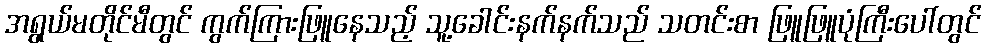
အရွယ်မတိုင်မီတွင် ကွက်ကြားဖြူနေသည့် သူ့ခေါင်းနက်နက်သည် သတင်းစာ ဖြူဖြူပုံကြီးပေါ်တွင်